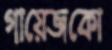
গায়েজকো